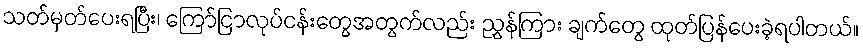
သတ်မှတ်ပေးရပြီး၊ ကြော်ငြာလုပ်ငန်းတွေအတွက်လည်း ညွှန်ကြား ချက်တွေ ထုတ်ပြန်ပေးခဲ့ရပါတယ်။